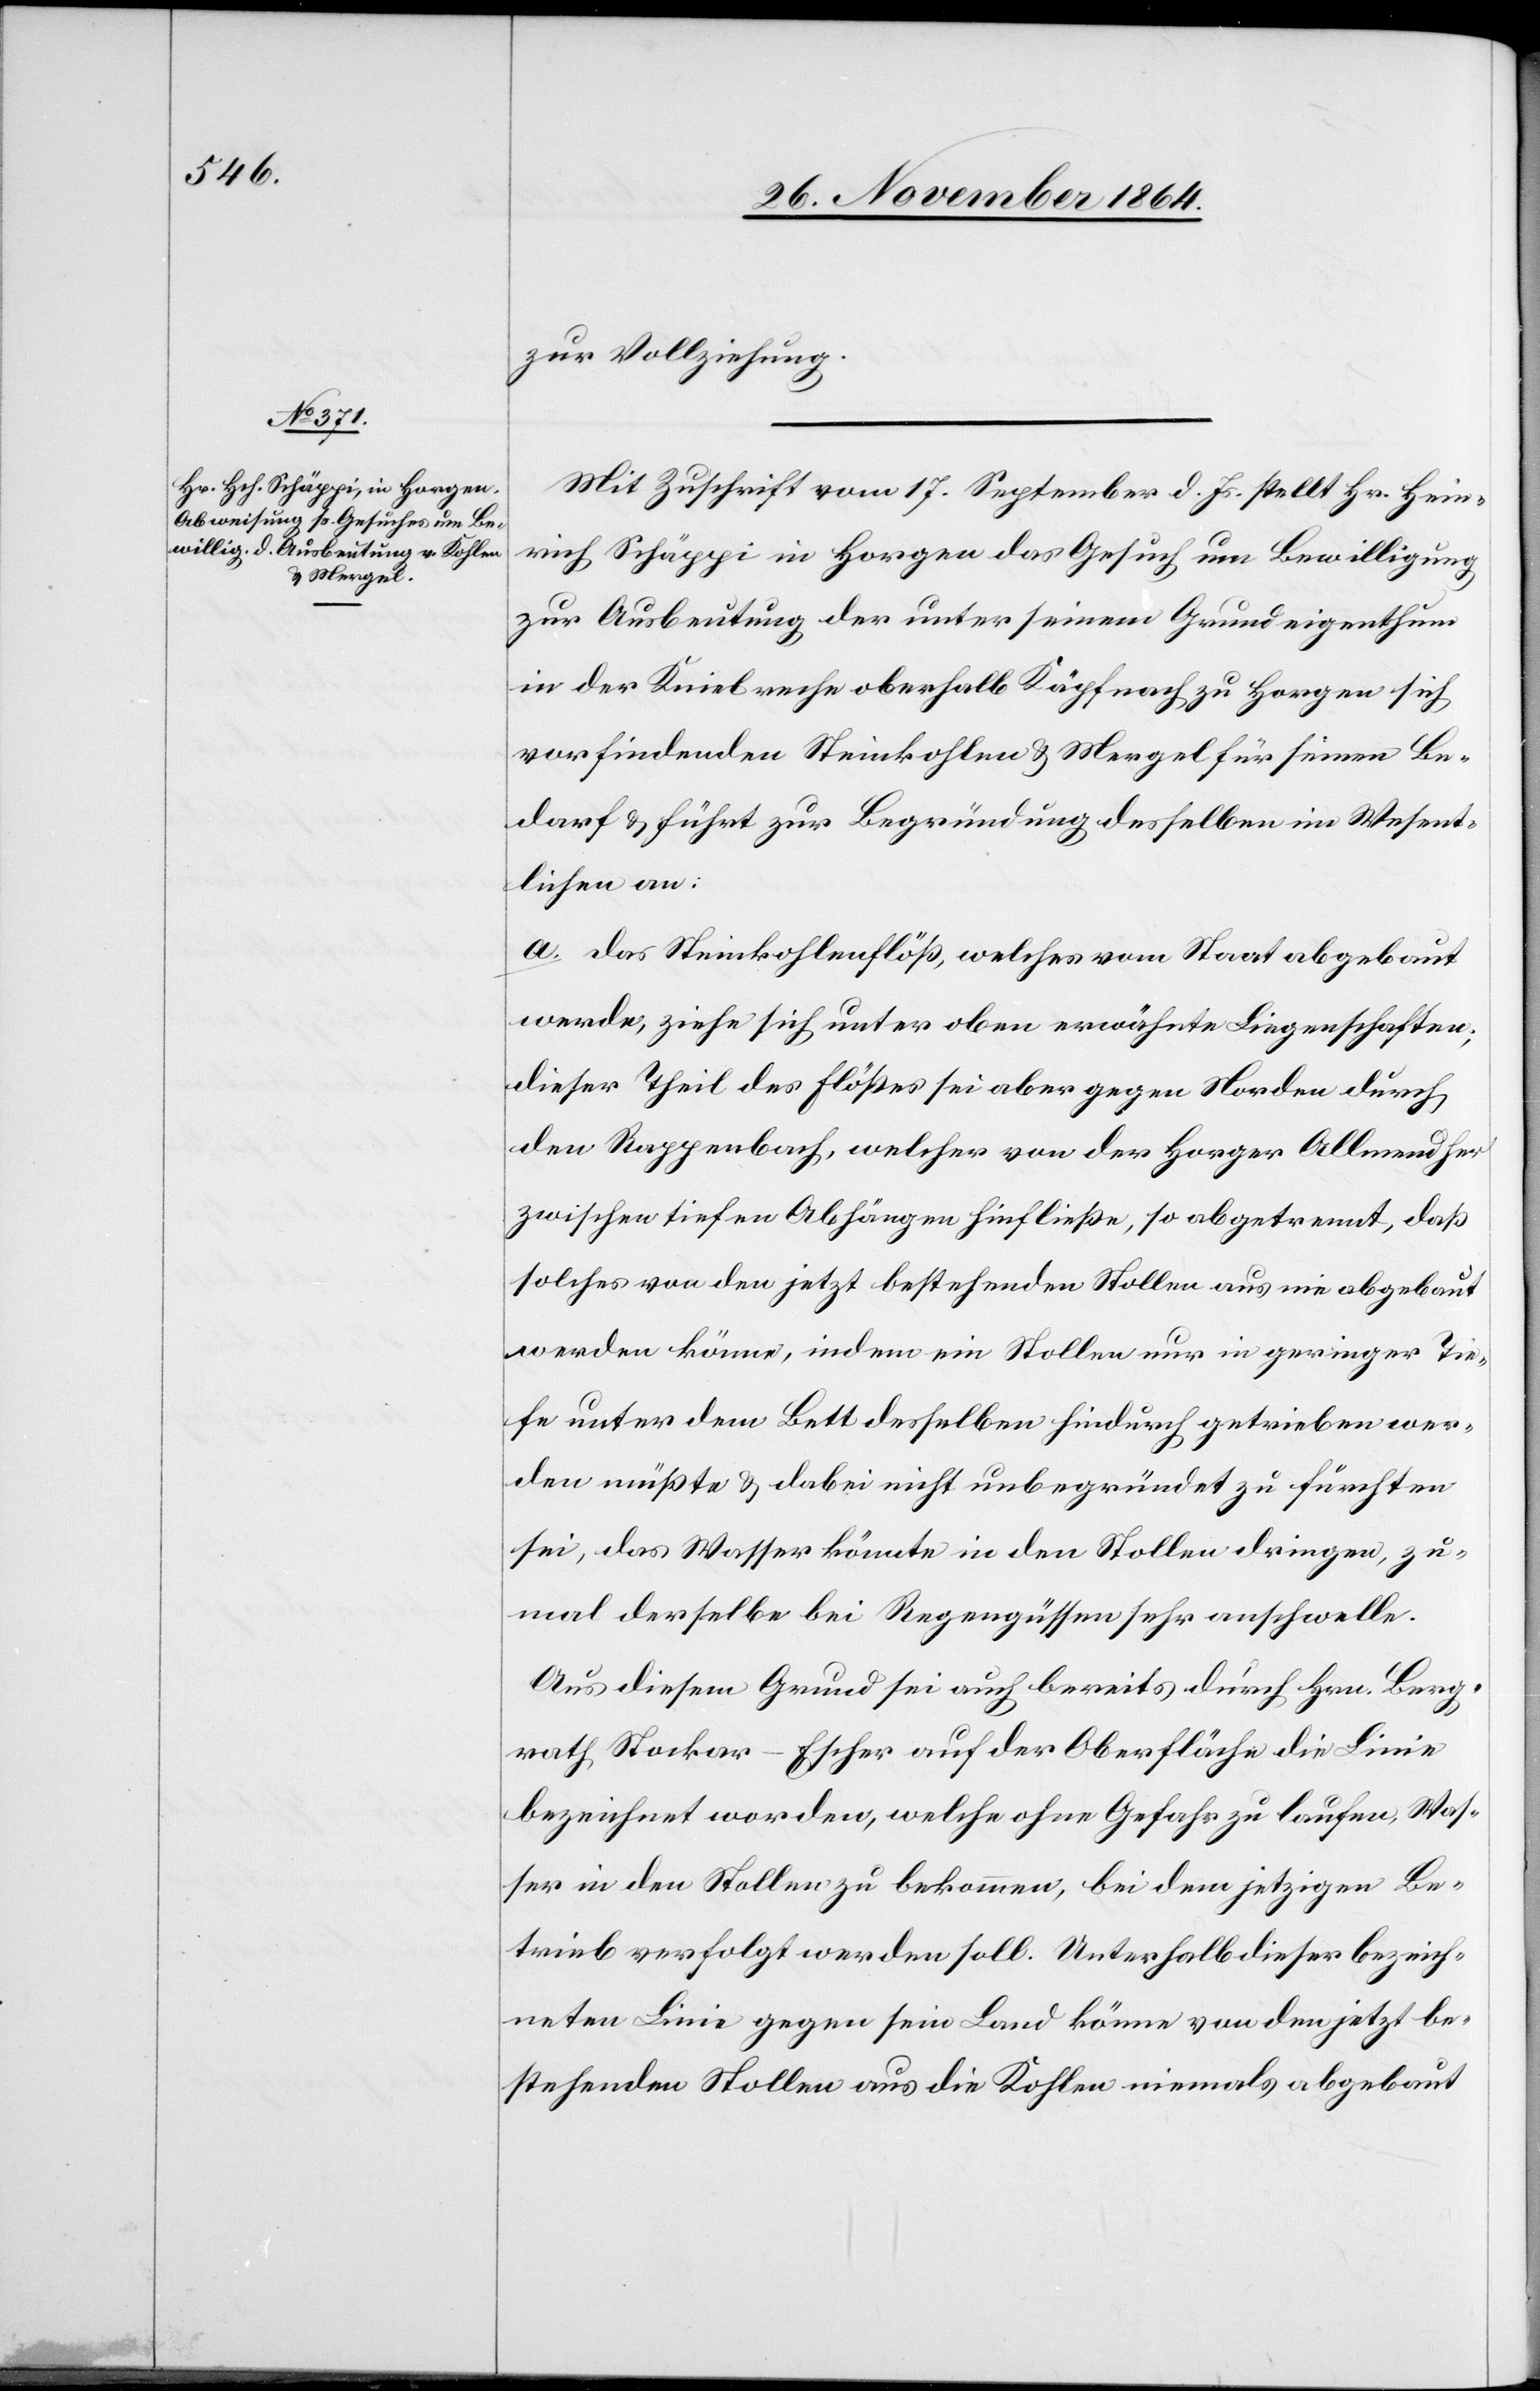
zur Vollziehung.
Mit Zuschrift vom 17. September d. Js. stellt Hr. Hein¬
rich Schäppi in Horgen das Gesuch um Bewilligung
zur Ausbeutung der unter seinem Grundeigenthum
in der Kniebreche oberhalb Käpfnach zu Horgen sich
vorfindenden Steinkohlen & Mergel für seinen Be¬
darf & führt zur Begründung desselben im Wesent¬
lichen an:
a. Das Steinkohlenflöß, welches vom Staat abgebaut
werde, ziehe sich unter oben erwähnte Liegenschaften;
dieser Theil des Flößes sei aber gegen Norden durch
den Rappenbach, welcher von der Horger Allmend her
zwischen tiefen Abhängen hinfließe, so abgetrennt, daß
solches von dem jetzt bestehenden Stollen aus nie abgebaut
werden könne, indem ein Stollen nur in geringer Tie¬
fe unter dem Bett desselben hindurch getrieben wer¬
den müßte & dabei nicht unbegründet zu fürchten
sei, das Wasser könnte in den Stollen dringen, zu¬
mal derselbe bei Regengüssen sehr anschwelle.
Aus diesem Grund sei auch bereits durch Hrn. Berg¬
rath Stockar-Escher auf der Oberfläche die Linie
bezeichnet worden, welche ohne Gefahr zu laufen, Was¬
ser in den Stollen zu bekommen, bei dem jetzigen Be¬
trieb verfolgt werden soll. Unterhalb dieser bezeich¬
neten Linie gegen sein Land könne von den jetzt be¬
stehenden Stollen aus die Kohlen niemals abgebaut